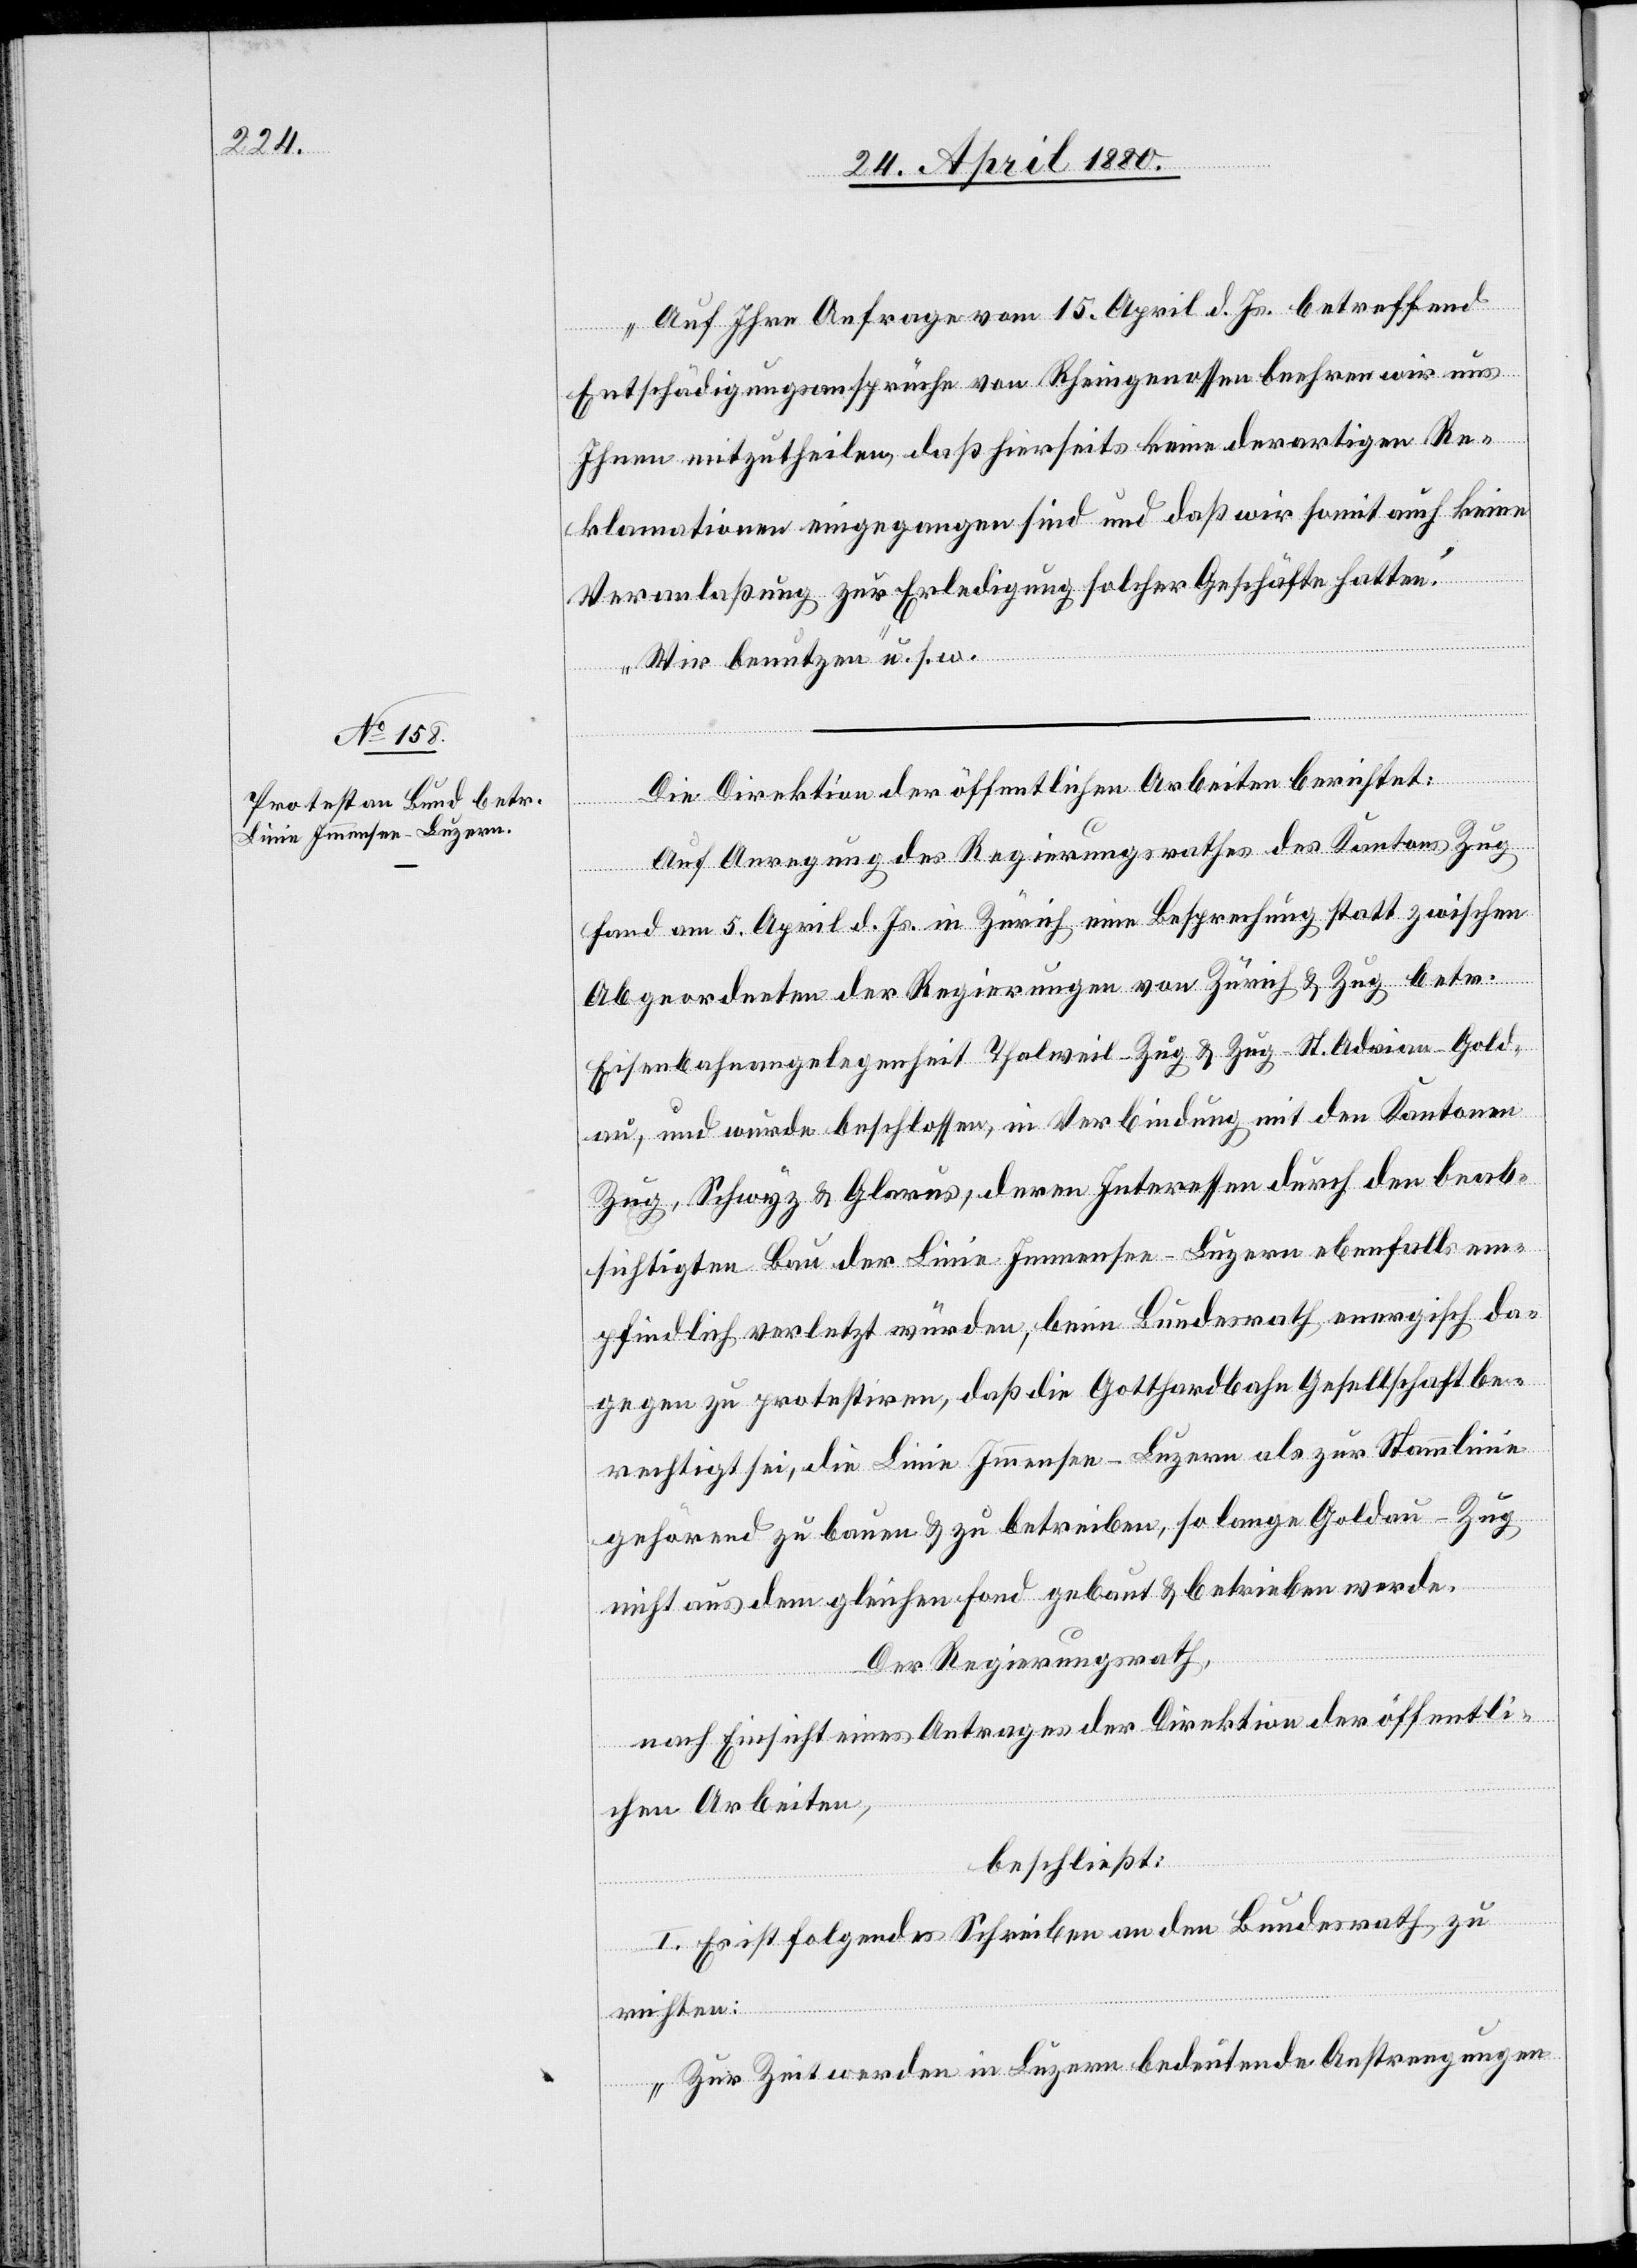
„Auf Ihre Anfrage vom 15. April d. Js. betreffend
Entschädigungsansprüche von Rheingenossen beehren wir uns
Ihnen mitzutheilen, daß hierseits keine derartigen Re¬
klamationen eingegangen sind und daß wir somit auch keine
Veranlaßung zur Erledigung solcher Geschäfte hatten.
Wir benutzen“ u. s. w.
Die Direktion der öffentlichen Arbeiten berichtet:
Auf Anregung des Regierungsrathes des Kantons Zug
fand am 5. April d. Js. in Zürich eine Besprechung statt zwischen
Abgeordneten der Regierungen von Zürich & Zug betr.
Eisenbahnangelegenheit Thalweil–Zug & Zug–St. Adrian–Gold¬
au, und wurde beschlossen, in Verbindung mit den Kantonen
Zug, Schwyz & Glarus, deren Interessen durch den beab¬
sichtigten Bau der Linie Immensee–Luzern ebenfalls em¬
pfindlich verletzt würden, beim Bundesrath energisch da¬
gegen zu protestiren, daß die Gotthardbahn Gesellschaft be¬
rechtigt sei, die Linie Immensee–Luzern als zur Stammlinie
gehörend zu bauen & zu betreiben, so lange Goldau–Zug
nicht aus dem gleichen Fond gebaut & betrieben werde.
Der Regierungsrath,
nach Einsicht eines Antrages der Direktion der öffentli¬
chen Arbeiten,
beschließt:
I. Es ist folgendes Schreiben an den Bundesrath zu
richten:
„Zur Zeit werden in Luzern bedeutende Anstrengungen